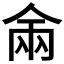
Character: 𰂑